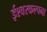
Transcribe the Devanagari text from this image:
ईश्वरकल्पना